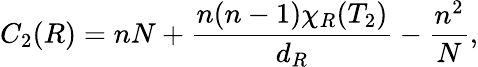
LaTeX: C_{2}(R)=nN+\frac{n(n-1)\chi_{R}(T_{2})}{d_{R}}-\frac{n^{2}}{N},